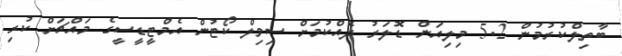
ބާތިލްކުރުމުން 5.2 މިލިއަން ޑޮލަރު ދެއްކުމަށް ސިވިލް ކޯޓުން އެމްޓީޑީސީގެ މައްޗަށް ކުރި